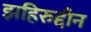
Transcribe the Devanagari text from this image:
झहिरुद्दीन